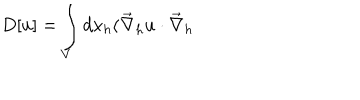
LaTeX: D [ u ] = \int _ { V } d x _ { h } ( \vec { \nabla } _ { h } u \cdot \vec { \nabla } _ { h }